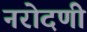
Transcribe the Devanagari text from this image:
नरोदणी